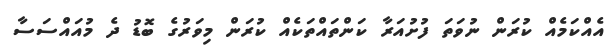
އެއްކަމެއް ކުރަން ނުވަތަ ފުށުއަރާ ކަންތައްތަކެއް ކުރަން މިވަރުގެ ބޮޑު ދެ މުއައްސަސާ